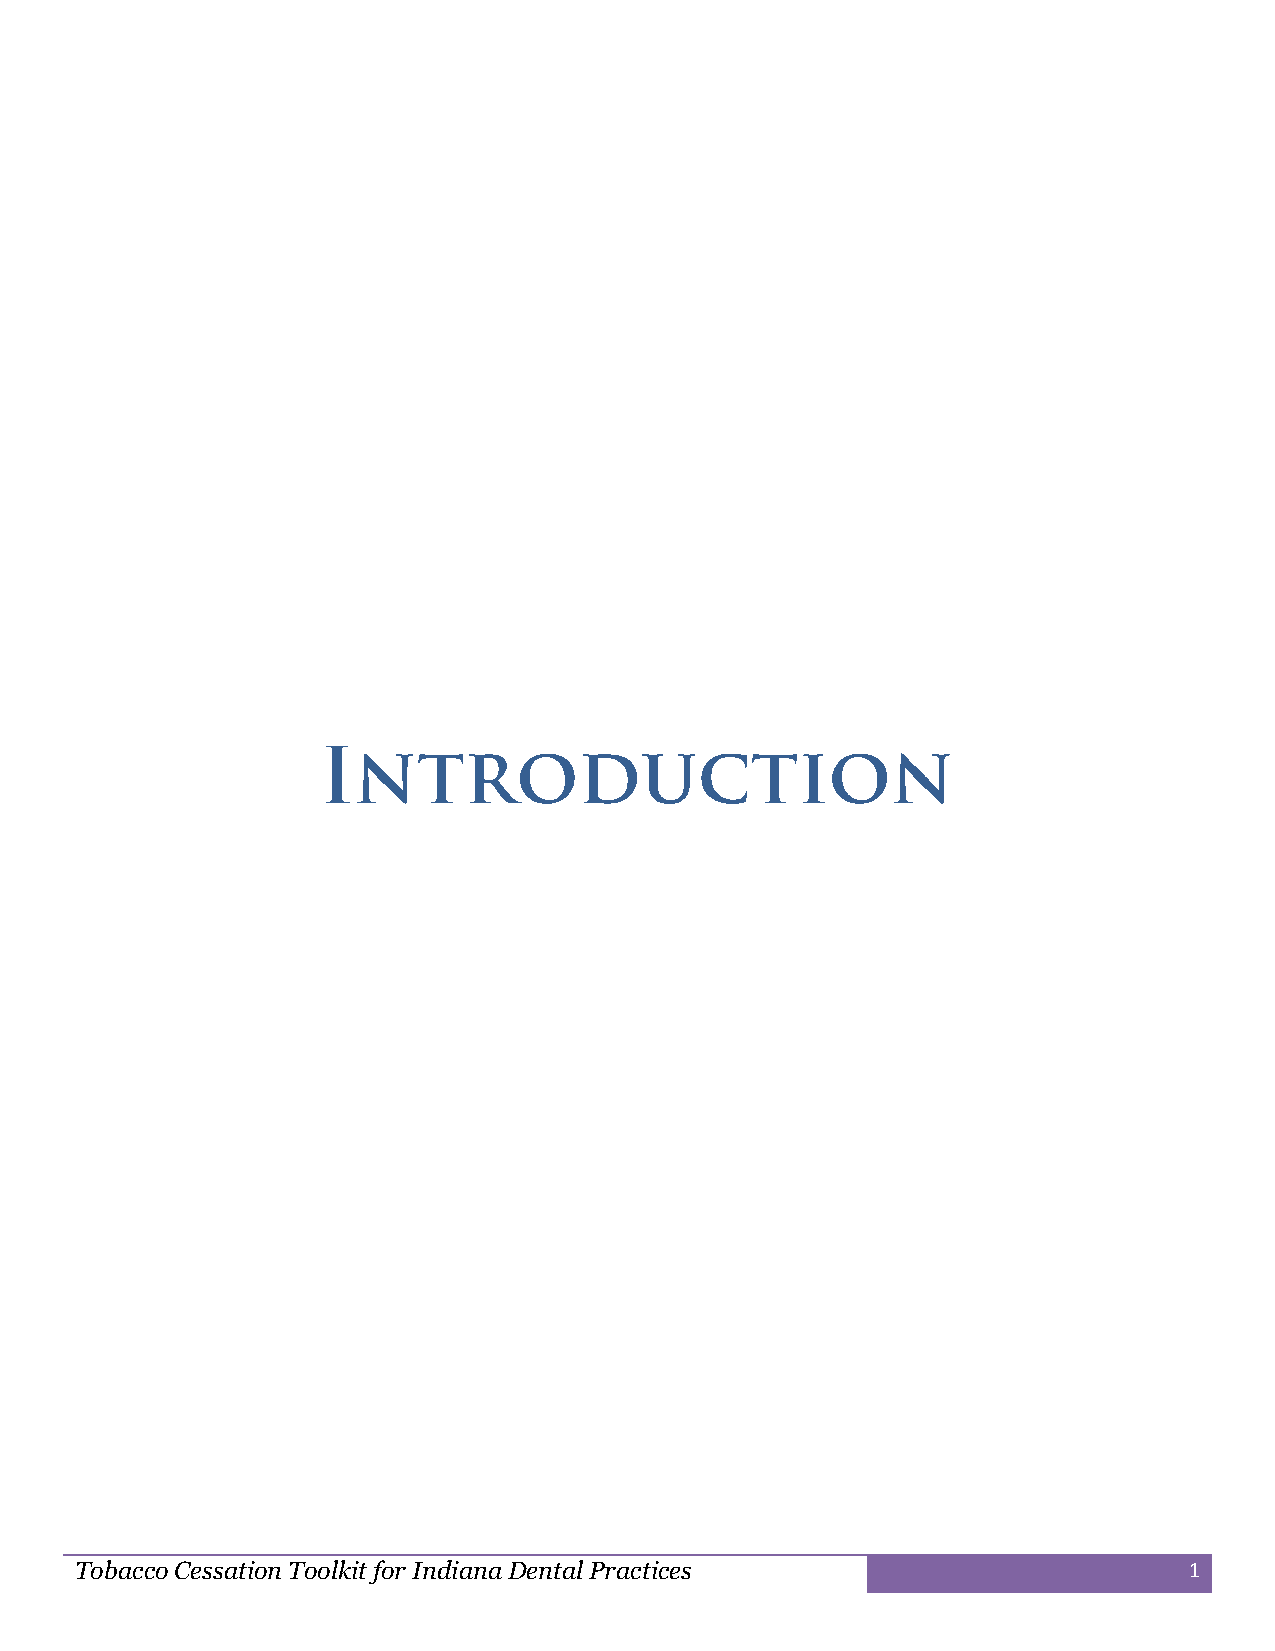
Tobacco Cessation Toolkit for Indiana Dental Practices                    1